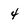
Character: 4